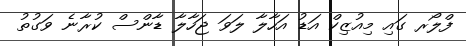
ފްލޯރ ގައި މިއުޒިކް އަޑު އަހާލާ ލަވަ ޖަހާލާ ޑާންސް ކުރާނެ ވަގުތު